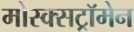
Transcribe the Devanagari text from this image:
मोस्क्सट्रॉमेन